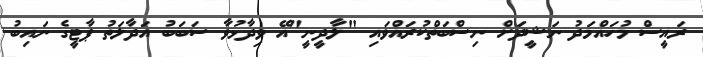
ރައީސް މުހައްމަދު ނަޝީދަށް ނިސްބަތްކުރައްވައި "ލާދީނީ"އޭ ވިދާޅުވާ ސަބަބު އަދާލަތު ޕާޓީގެ ނައިބު